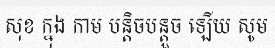
សុខ ក្នុង កាម បន្តិចបន្តួច ឡើយ សូម